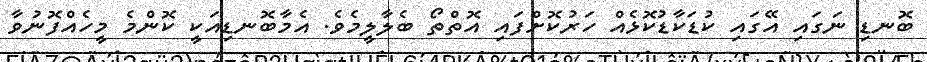
ބޮނޑި ނަގައި އޭގައި ކުޑަކާޑުކޮޅެއް ހަރުކޮށްފައި އޮތްތޯ ބެލާލީމެވެ. އެމާބޮނޑިއަކީ ކޮންމެ މީހެއްފޮނުވާ